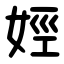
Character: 娙